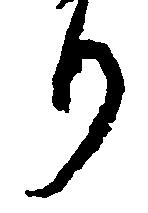
り